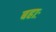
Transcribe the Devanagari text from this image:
बहाः